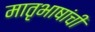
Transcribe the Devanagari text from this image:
मातृभाषांची